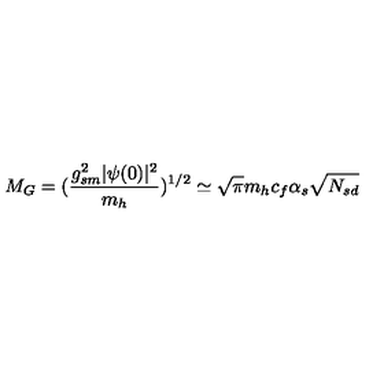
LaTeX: M _ { G } = ( \frac { g _ { s m } ^ { 2 } | \psi ( 0 ) | ^ { 2 } } { m _ { h } } ) ^ { 1 / 2 } \simeq \sqrt { \pi } m _ { h } c _ { f } \alpha _ { s } \sqrt { N _ { s d } }